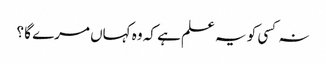
نہ کسی کو یہ علم ہے کہ وہ کہاں مرے گا ؟